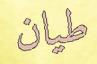
طيان